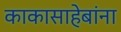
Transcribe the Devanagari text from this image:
काकासाहेबांना